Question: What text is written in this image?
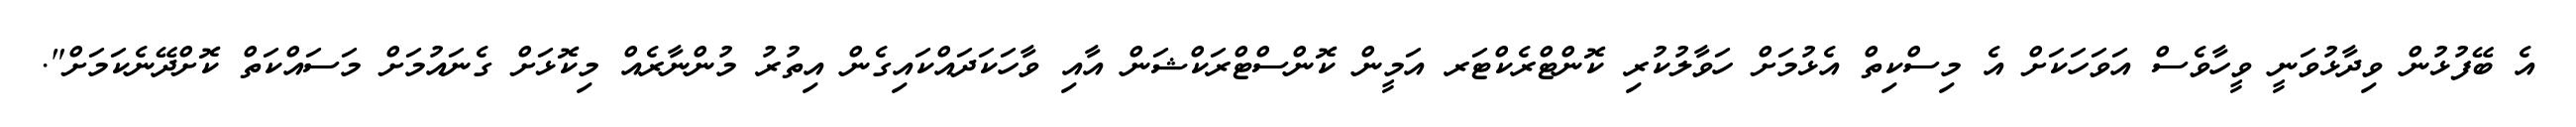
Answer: އެ ބޭފުޅުން ވިދާޅުވަނީ ވީހާވެސް އަވަހަކަށް އެ މިސްކިތް އެޅުމަށް ހަވާލުކުރި ކޮންޓްރެކްޓަރ އަމީން ކޮންސްޓްރަކްޝަން އާއި ވާހަކަދައްކައިގެން އިތުރު މުންނާރެއް މިކޮޅަށް ގެނައުމަށް މަސައްކަތް ކޮށްދޭނެކަމަށް".